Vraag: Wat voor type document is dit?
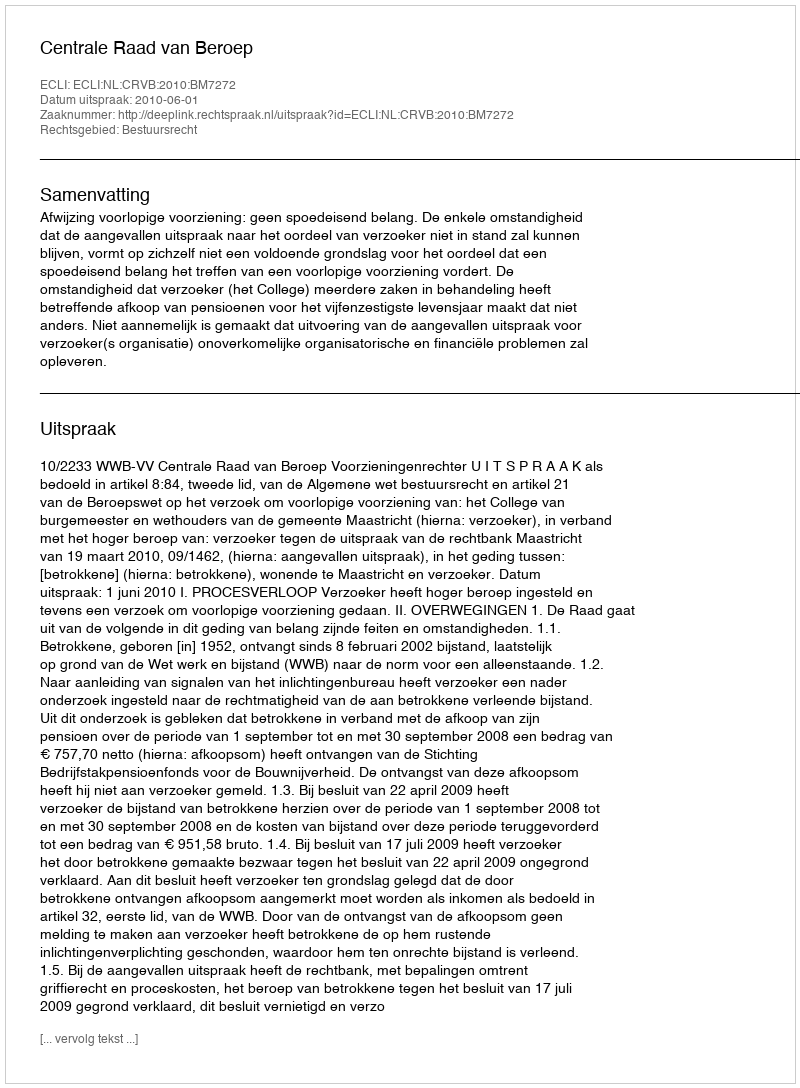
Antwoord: Uitspraak